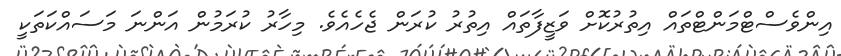
އިންވެސްޓްމަންޓްތައް އިތުރުކޮށް ވަޒީފާތައް އިތުރު ކުރަން ޖެހެއެވެ. މިހާރު ކުރަމުން އަންނަ މަސައްކަތަކީ